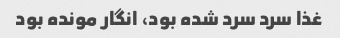
غذا سرد سرد شده بود، انگار مونده بود